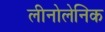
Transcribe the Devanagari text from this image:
लीनोलेनिक